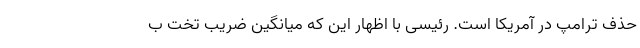
حذف ترامپ در آمریکا است. رئیسی با اظهار این که میانگین ضریب تخت ب